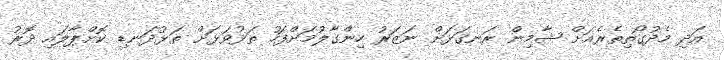
އަދި މެދުގޯތިތެރެއަށް ޝާމިން ރަނގަޅަށް ނަޒަރު ހިންގާލުމަށްފަހު ތަޅުވަޅަށް ތަޅުދަނޑި ކޮށްޕާލައި ދޮރު